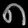
Digit: ၈